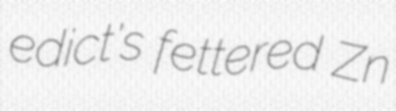
edict's fettered Zn